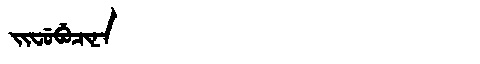
Manchu: ᠵᡳᠸᡠᠪᡠᠴᡳᠨᠠ
Romanization: JIFUBUCINA